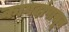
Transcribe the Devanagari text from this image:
कागदांपासून